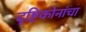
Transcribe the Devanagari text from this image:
दृष्टिकोनांचा